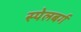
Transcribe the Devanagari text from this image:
स्पेलबर्ग